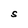
Character: S